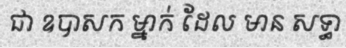
ជា ឧបាសក ម្នាក់ ដែល មាន សទ្ធា